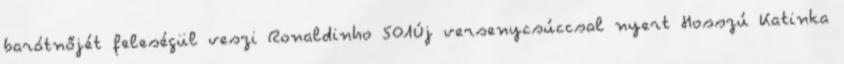
barátnőjét feleségül veszi Ronaldinho 501Új versenycsúccsal nyert Hosszú Katinka